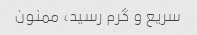
سریع و گرم رسید، ممنون